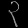
Digit: ၃